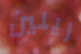
ريلين